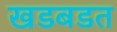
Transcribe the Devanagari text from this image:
खडबडत